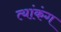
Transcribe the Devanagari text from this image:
त्यांकंग